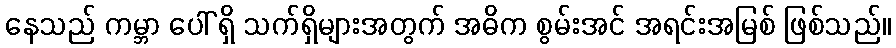
နေသည် ကမ္ဘာ ပေါ် ရှိ သက်ရှိများအတွက် အဓိက စွမ်းအင် အရင်းအမြစ် ဖြစ်သည်။